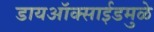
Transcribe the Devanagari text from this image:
डायऑक्साईडमुळे